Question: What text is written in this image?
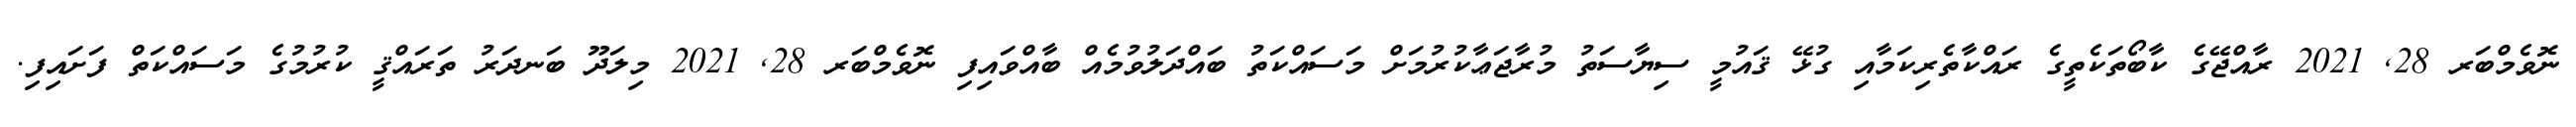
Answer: ނޮވެމްބަރ 28, 2021 ރާއްޖޭގެ ކާބޯތަކެތީގެ ރައްކާތެރިކަމާއި ގުޅޭ ޤައުމީ ސިޔާސަތު މުރާޖަޢާކުރުމަށް މަސައްކަތު ބައްދަލުވުމެއް ބާއްވައިފި ނޮވެމްބަރ 28, 2021 މިލަދޫ ބަނދަރު ތަރައްޤީ ކުރުމުގެ މަސައްކަތް ފަށައިފި.